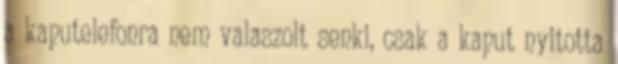
a kaputelefonra nem valaszolt senki, csak a kaput nyitotta